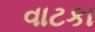
વાટકા